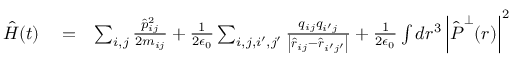
\begin{array} { r l r } { \hat { H } ( t ) } & { { } = } & { \sum _ { i , j } \frac { \hat { p } _ { i j } ^ { 2 } } { 2 m _ { i j } } + \frac { 1 } { 2 \epsilon _ { 0 } } \sum _ { i , j , i ^ { \prime } , j ^ { \prime } } \frac { q _ { i j } q _ { i ^ { \prime } j } } { \left| \hat { \boldsymbol r } _ { i j } - \hat { \boldsymbol r } _ { i ^ { \prime } j ^ { \prime } } \right| } + \frac { 1 } { 2 \epsilon _ { 0 } } \int d \boldsymbol r ^ { 3 } \left| \hat { \boldsymbol P } ^ { \perp } ( \boldsymbol r ) \right| ^ { 2 } } \end{array}